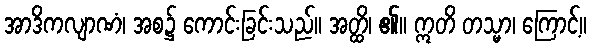
အာဒိကလျာဏံ၊ အစ၌ ကောင်းခြင်းသည်။ အတ္ထိ၊ ၏။ ဣတိ တသ္မာ၊ ကြောင့်။